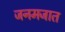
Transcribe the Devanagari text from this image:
जनमजात